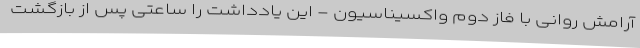
آرامش روانی با فاز دوم واکسیناسیون - این یادداشت را ساعتی پس از بازگشت